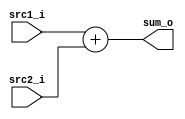
//student's id: 0716325
//Subject:     CO project 2 - Adder
//--------------------------------------------------------------------------------
//Version:     1
//--------------------------------------------------------------------------------
//Writer:      0716325
//----------------------------------------------
//Date:        
//----------------------------------------------
//Description: 
//--------------------------------------------------------------------------------

module Adder(
    src1_i,
	src2_i,
	sum_o
	);
     
//I/O ports
input  [32-1:0]  src1_i;
input  [32-1:0]	 src2_i;
output [32-1:0]	 sum_o;

//Internal Signals
wire    [32-1:0]	 sum_o;

//Parameter
    
    
//Main function

assign sum_o = src1_i + src2_i;

endmodule